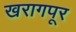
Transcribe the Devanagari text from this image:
खरागपूर